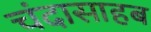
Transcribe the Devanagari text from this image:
चंदासाहब